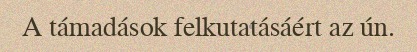
A támadások felkutatásáért az ún.